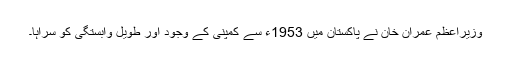
وزیراعظم عمران خان نے پاکستان میں 1953ء سے کمپنی کے وجود اور طویل وابستگی کو سراہا۔